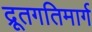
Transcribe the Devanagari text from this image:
द्रूतगतिमार्ग